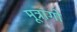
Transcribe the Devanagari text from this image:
मूत्रांगो